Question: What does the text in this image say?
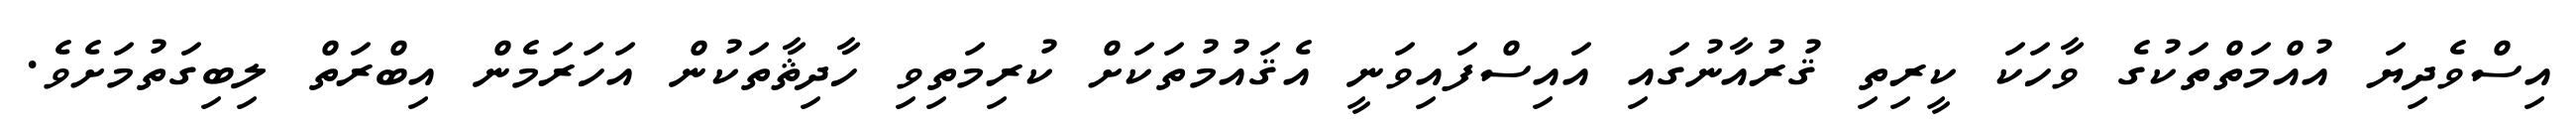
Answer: އިސްވެދިޔަ އުއްމަތްތަކުގެ ވާހަކަ ކީރިތި ޤުރުއާނުގައި އައިސްފައިވަނީ އެޤައުމުތަކަށް ކުރިމަތިވި ހާދިޘާތަކުން އަހަރަމެން އިބްރަތް ލިބިގަތުމަށެވެ.